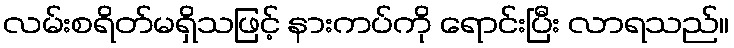
လမ်းစရိတ်မရှိသဖြင့် နားကပ်ကို ရောင်းပြီး လာရသည်။